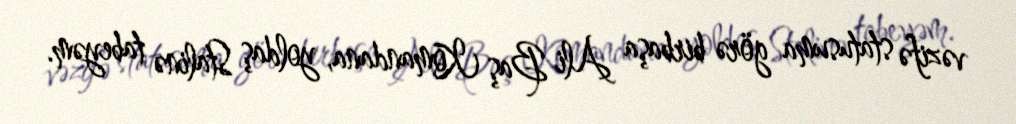
vəzifə statusuma görə birbaşa Ali Baş Komandana, yoldaş Stalinə tabeyəm.